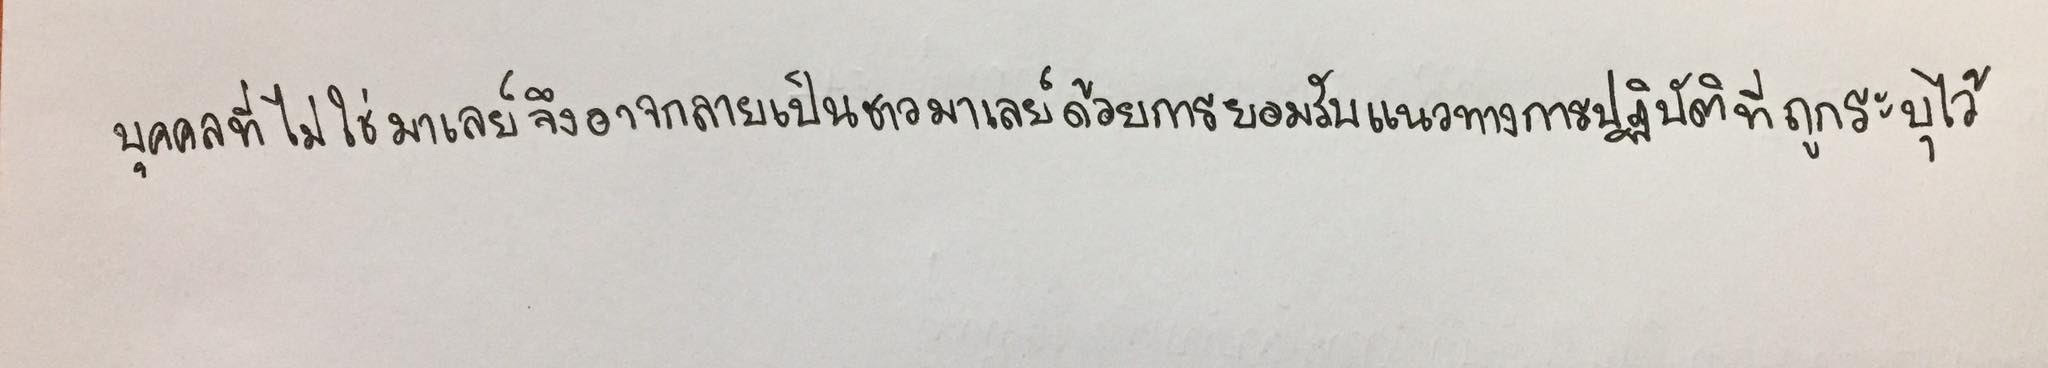
บุคคลที่ไม่ใช่มาเลย์จึงอาจกลายเป็นชาวมาเลย์ด้วยการยอมรับแนวทางการปฏิบัติที่ถูกระบุไว้